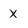
Character: x